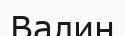
Валин